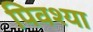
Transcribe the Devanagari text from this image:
पिवश्या